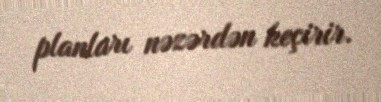
planları nəzərdən keçirir.